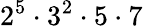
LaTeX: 2^{5}\cdot 3^{2}\cdot 5\cdot 7